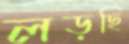
লড়ছি